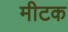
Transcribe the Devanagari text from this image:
मीटक